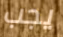
يجب